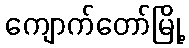
ကျောက်တော်မြို့